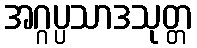
အဂ္ဂပ္ပသာဒသုတ္တ